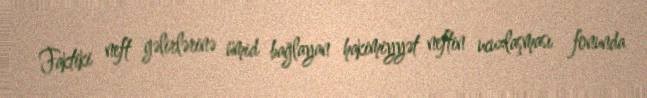
Faktiki neft gəlirlərinə ümid bağlayan hakimiyyət neftin ucuzlaşması fonunda